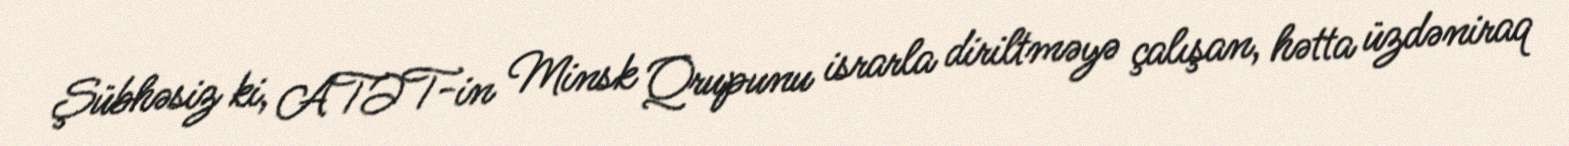
Şübhəsiz ki, ATƏT-in Minsk Qrupunu israrla diriltməyə çalışan, hətta üzdəniraq